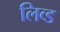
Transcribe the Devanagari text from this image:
लिव्ड